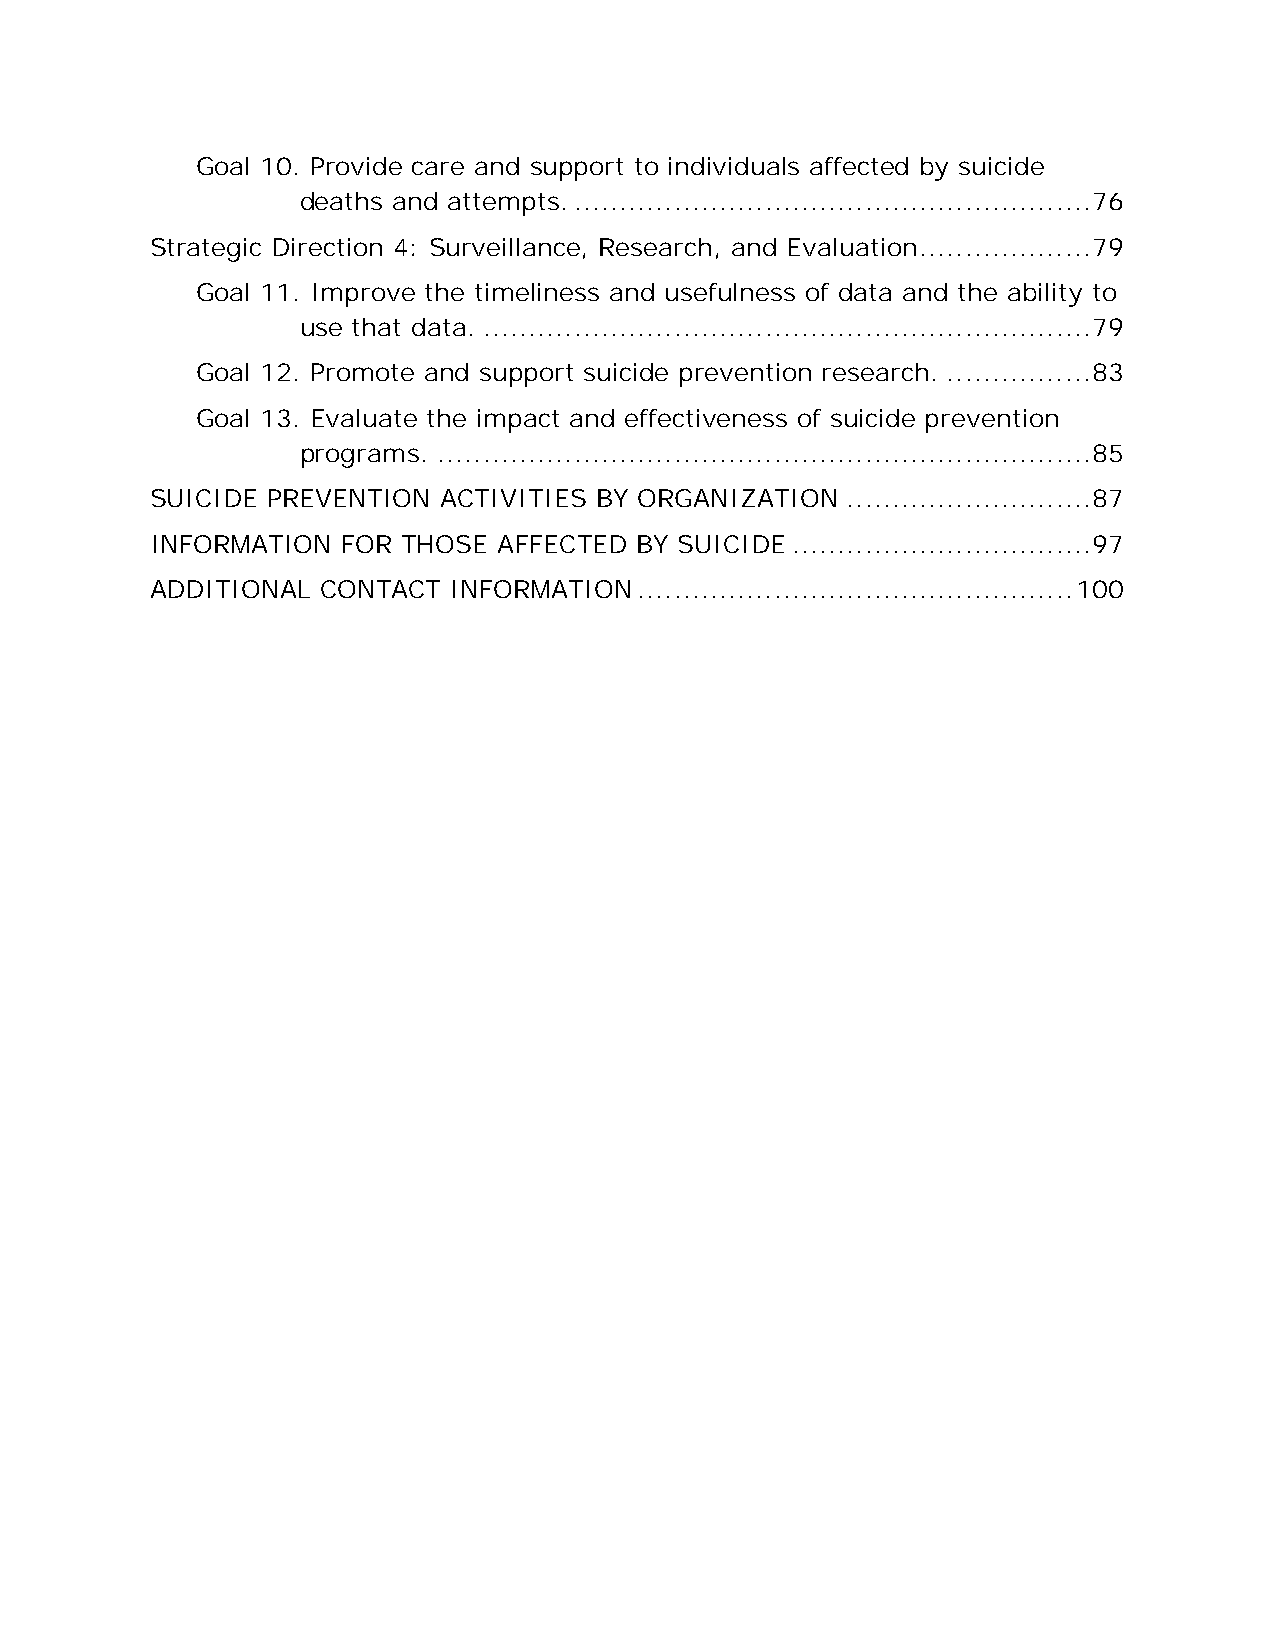
Goal 10. Provide care and support to individuals affected by suicide
 deaths and attempts. ......................................................... 76
 Strategic Direction 4: Surveillance, Research, and Evaluation ................... 79
 Goal 11. Improve the timeliness and usefulness of data and the ability to
 use that data. ................................................................... 79
 Goal 12. Promote and support suicide prevention research. ................ 83
 Goal 13. Evaluate the impact and effectiveness of suicide prevention
 programs. ........................................................................ 85
 SUICIDE PREVENTION ACTIVITIES BY ORGANIZATION ........................... 87
 INFORMATION  FOR THOSE AFFECTED BY SUICIDE ................................. 97
 ADDITIONAL CONTACT  INFORMATION ................................................ 100